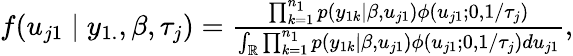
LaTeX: \begin{array}{r}{f(u_{j1}\mid y_{1.},\beta,\tau_{j})=\frac{\prod_{k=1}^{n_{1}}p(y_{1k}\mid\beta,u_{j1})\phi(u_{j1};0,1/\tau_{j})}{\int_{\mathbb{R}}\prod_{k=1}^{n_{1}}p(y_{1k}\mid\beta,u_{j1})\phi(u_{j1};0,1/\tau_{j})du_{j1}},}\end{array}